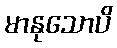
မာနုသောပိ